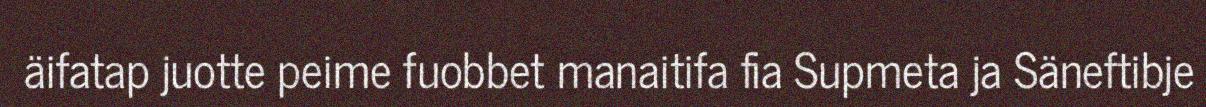
äifatap juotte peime fuobbet manaitifa fia Supmeta ja Säneftibje